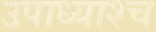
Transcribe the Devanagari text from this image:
उपाध्याश्च